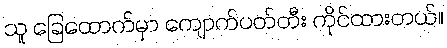
သူ ခြေထောက်မှာ ကျောက်ပတ်တီး ကိုင်ထားတယ်။